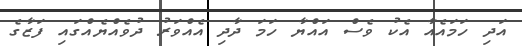
އަދި ހަމައެއާ އެކު ވެސް އައްޔާ ހަމަ ދާދި އެއްވަރު ދުވެއްޔެއްގައި ފަޒާގެ